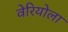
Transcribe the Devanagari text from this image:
वेरियोला